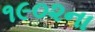
૧૯૦૨ના